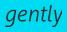
gently